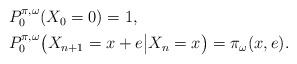
LaTeX: \begin{align*}\begin{aligned}&P^{\pi,\omega}_{0}(X_0=0)=1,\\&P_{0}^{\pi,\omega}\big(X_{n+1}= x+e\big| X_n=x\big)=\pi_\omega(x,e).\end{aligned}\end{align*}